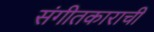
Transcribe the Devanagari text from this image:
संगीतकाराची